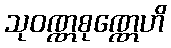
သုဝဏ္ဏစုဏ္ဏေဟိ